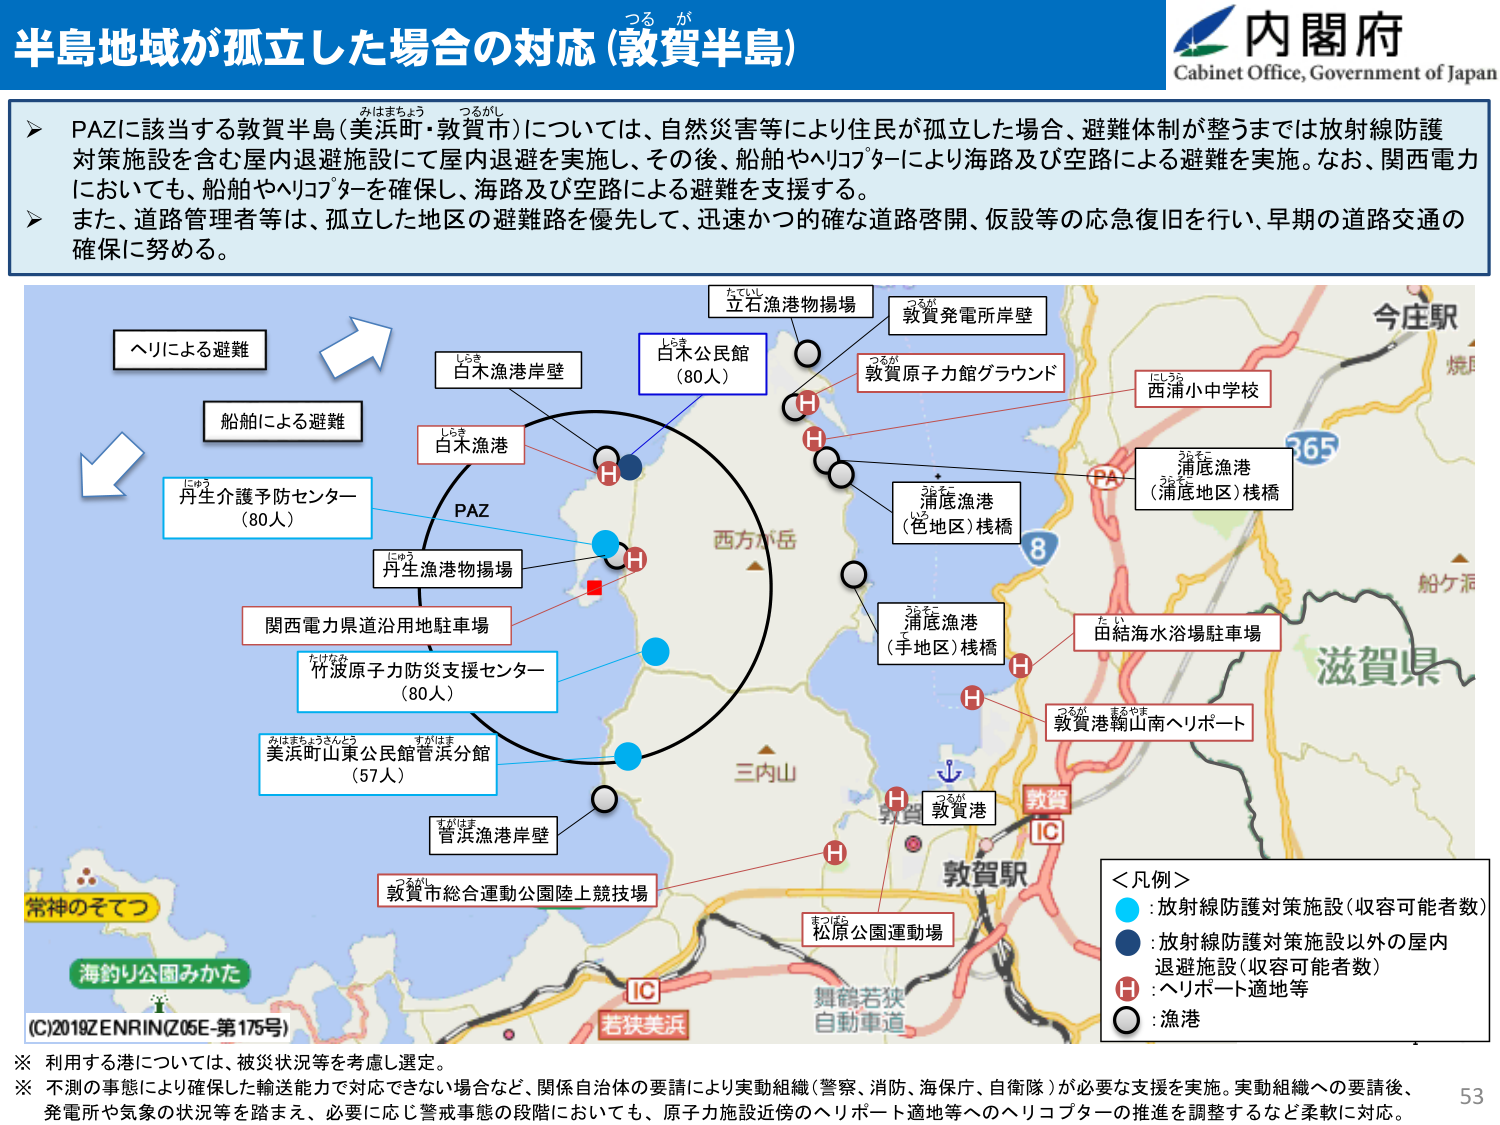
半島地域が孤立した場合の対応 (敦賀半島)

つるが

内閣府
Cabinet Office, Government of Japan

➤ PAZに該当する敦賀半島(美浜町・敦賀市)については、自然災害等により住民が孤立した場合、避難体制が整うまでは放射線防護対策施設を含む屋内退避施設にて屋内退避を実施し、その後、船舶やヘリコプターにより海路及び空路による避難を実施。なお、関西電力においても、船舶やヘリコプターを確保し、海路及び空路による避難を支援する。

➤ また、道路管理者等は、孤立した地区の避難路を優先して、迅速かつ確かな道路啓開、仮設等の応急復旧を行い、早期の道路交通の確保に努める。

ヘリによる避難
船舶による避難

たていし
立石漁港物揚場

つるが
敦賀発電所岸壁

しらき
白木公民館
(80人)

つるが
敦賀原子力館グラウンド

しらき
白木漁港

しらき
白木漁港岸壁

PAZ

にゅう
丹生介護予防センター
(80人)

にゅう
丹生漁港物揚場

うらべ
浦底漁港
(芭地区)桟橋

うらべ
浦底漁港
(手地区)桟橋

はしろ
西浦小中学校

365

PA

船ケ洞

滋賀県

関西電力県道沿用地駐車場

たけなみ
竹波原子力防災支援センター
(80人)

みはまちょうさんとう
すがはま
美浜町山東公民館管浜分館
(57人)

すがはま
管浜漁港岸壁

敦賀市総合運動公園陸上競技場

たい
田結海水浴場駐車場

つるが まえやま
敦賀港鞠山南ヘリポート

三内山

敦賀港

つるが
敦賀駅

IC

松原公園運動場

舞鶴若狭
自動車道

常神のそてつ

海釣り公園みかた

(C)2018ZENRIN(Z06E-第175号)

＜凡例＞
・放射線防護対策施設(収容可能者数)
・放射線防護対策施設以外の屋内退避施設(収容可能者数)
・ヘリポート適地等
・漁港

※ 利用する港については、被災状況等を考慮し選定。
※ 不測の事態により確保した輸送能力で対応できない場合など、関係自治体の要請により実動組織(警察、消防、海保庁、自衛隊)が必要な支援を実施。実動組織への要請後、発電所や気象の状況等を踏まえ、必要に応じ警戒態勢の段階においても、原子力施設近傍のヘリポート適地等へのヘリコプターの推進を調整するなど柔軟に対応。

53